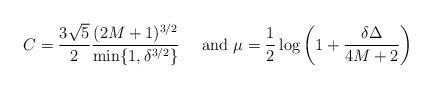
LaTeX: \begin{align*}C=\frac{3\sqrt{5}}{2}\frac{(2M+1)^{3/2}}{\min\{1,\delta^{3/2}\}}\quad\mbox{ and }\mu=\frac{1}{2}\log\left(1+\frac{\delta\Delta}{4M+2}\right)\end{align*}